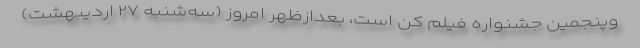
وپنجمین جشنواره فیلم کن است، بعدازظهر امروز (سه‌شنبه ۲۷ اردیبهشت)